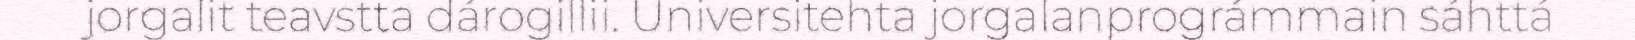
jorgalit teavstta dárogillii. Universitehta jorgalanprográmmain sáhttá